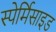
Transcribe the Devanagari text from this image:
स्पेर्मिसाइड